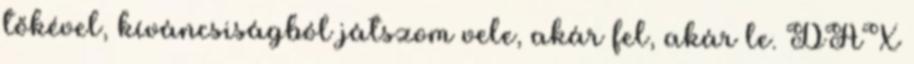
tőkével, kíváncsiságból játszom vele, akár fel, akár le. DAX